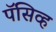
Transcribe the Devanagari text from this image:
पॅसिव्ह